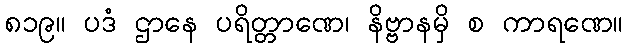
၈၁၉။ ပဒံ ဌာနေ ပရိတ္တာဏေ၊ နိဗ္ဗာနမှိ စ ကာရဏေ။